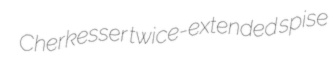
Cherkesser twice-extended spise